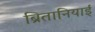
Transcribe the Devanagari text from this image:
ब्रितानियाई